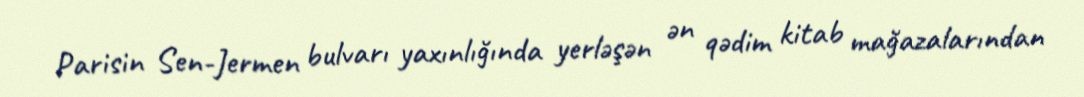
Parisin Sen-Jermen bulvarı yaxınlığında yerləşən ən qədim kitab mağazalarından